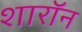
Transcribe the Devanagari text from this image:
शारॉन